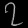
Digit: ၇